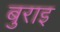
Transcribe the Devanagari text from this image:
बुराइ